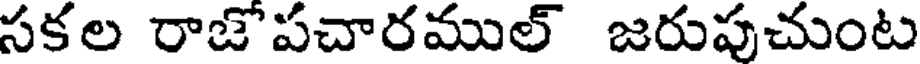
సకల రాజొపచారముల్ జరుపుచుంట